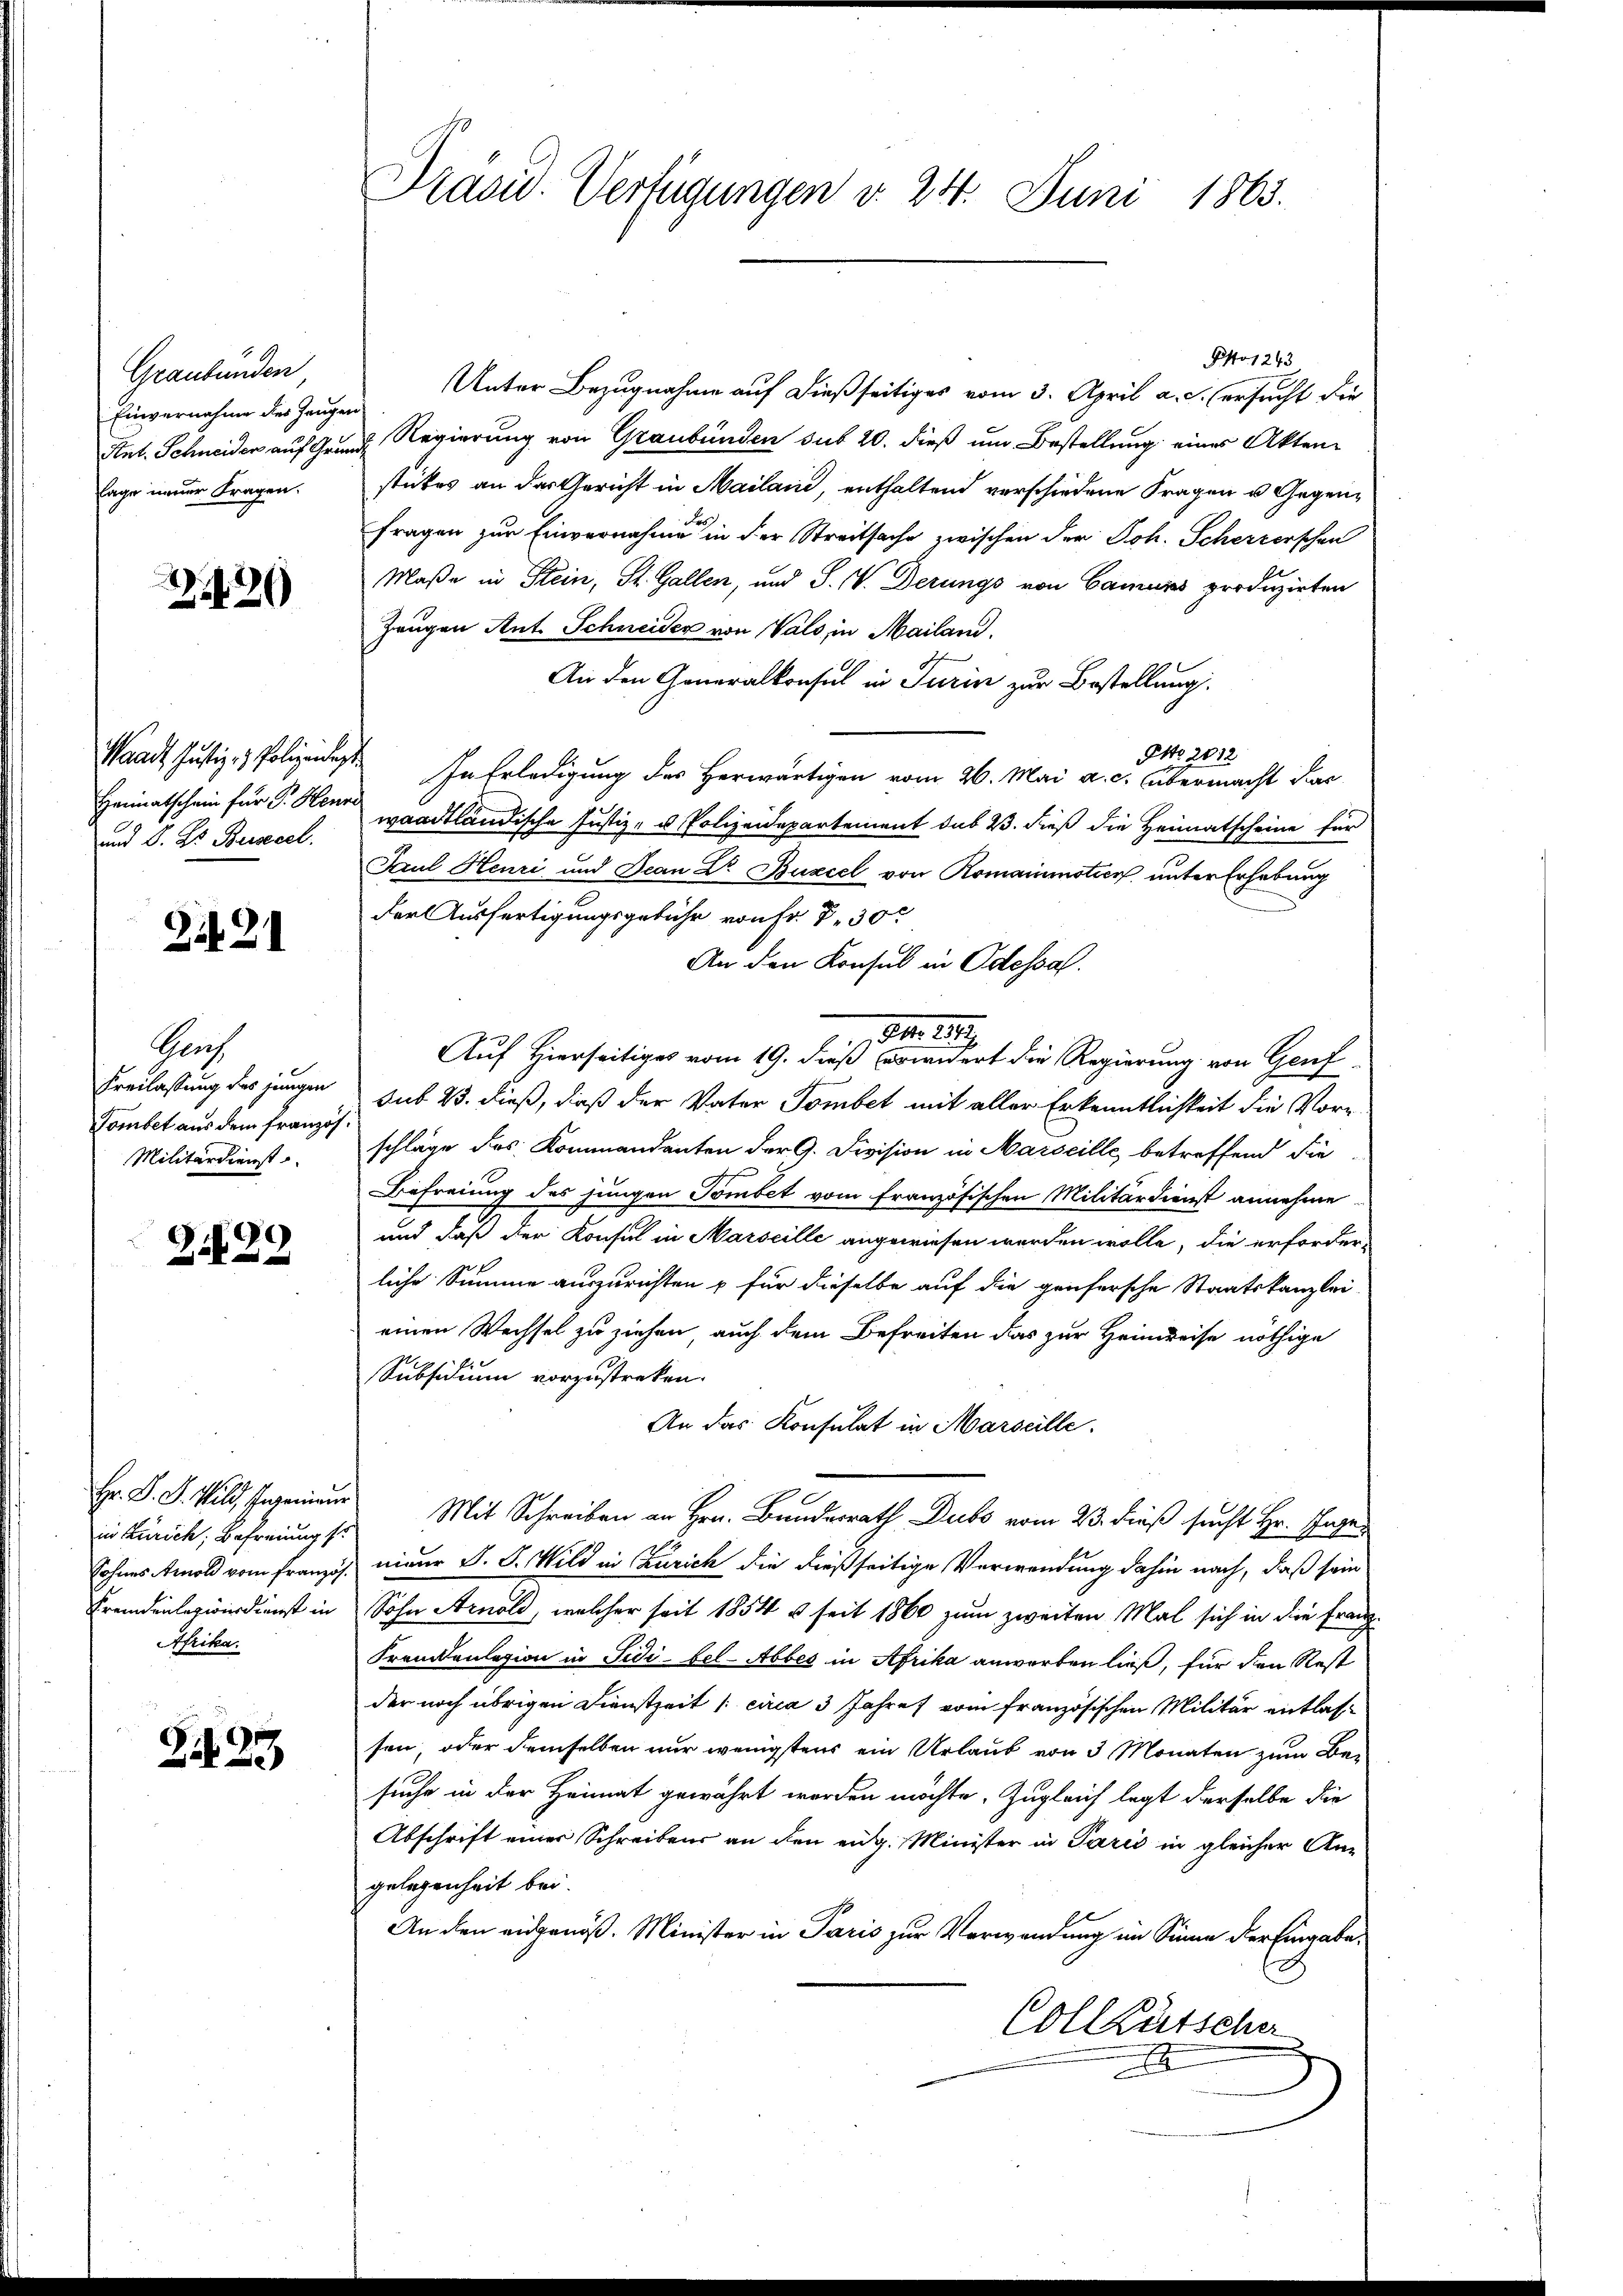
Graubünden
Einvernahme der Zeugen
Ant. Schneider auf Grun
lage neuer Fragen.

2420

Waadt, Justiz- & Polizeidigt.
Heimatschein für P. Heure.
und S. B. Beisegel.

Zif. 21

Graf
Freilassung des jungen
Tombet aus dem französ.
Militärdienst

Z.29

Hr. D. S. Wild, Ingenieur
in Zürich, Befreiung so
Sohnes Arnold vom französ.
Fremdenlezwirdienst in
Afrika.

Zif. 339

Präsid. Verfügungen d. 24. Juni 1863.

PNo 1243
Unter Bezugnahme auf dießseitiges vom 3. April a. c. ersucht die
u. Regierung von Graubünden sub 20. dieß um Bestellung eines Aktenstickes an das Gericht in Mailand, enthaltend verschiedene Fragen u. Gegenfragen zur Einvernahme in der Streitsache zwischen der Joh. Scherzerschen
Maße in Stein, St. Gallen, und S. V. Derungs von Camurs produzirten
Zeugen Ant. Schneider von Vals, in Mailand.
An den Generalkonsul in Turin zur Bestellung
NNo. 2612
In Erledigung des Herwärtigen vom 26. Mai a. c. übermacht dar
waadtländische Justiz- u Polizeidepartement sub 23. dieß die Heimatscheine für
Paul Henri und Jean Dr Buzcel von Romainmotier unter Erhebung
der Ausfertigungsgebühr von Fr. P. 30.
An den Konsul in Odessa.
181
1
Auf Hierseitiges vom 19. dieß erwidert die Regierung von Genf
sub 23. dieß, daß der Vater Tombet mit aller Erkenntlichkeit die Vorschläge des Kommandanten der G. Division in Marseille, betreffend die
Befreiung des jungen Tombct vom französischen Militärdienst annehme
und daß der Konsul in Marseille angewiesen werden wolle, die erforder-
liche Summe auszurichten & für dieselbe auf die genfersche Staatskanzlei-
einen Wechsel zu ziehen, auch dem Befreiten das zur Heimreise nöthige
Subsidium vorzustreken.
An das Konsulat in Marseille.
Mit Schreiben an Hrn. Bundesrath Dubs vom 23. dieß sucht Hr. Ingenieur d. J. Wild in Zürich die dießseitige Verwendung dahin nach, daß sein
Sohn Arnold, welcher seit 1854 u. seit 1860 zum zweiten Mal sich in die Franz
Fremdenlegion in Fidi-bel-Abbes in Afrika anworben ließ, für den Rest
der noch übrigen Dienstzeit /: circa 3 Jahres vom französischen Militär entlassen, oder demselben nur wenigstens ein Urlaub von 3 Monaten zum Besuche in der Heimat gewährt worden möchte. Zugleich legt derselbe die
Abschrift einer Schreibens an den eidg. Minister in Paris in gleicher Angelegenheit bei.
An den eidgenöß. Minister in Paris zur Verwendung im Sinne der Eingabe,
Collkätsche
x